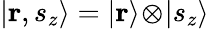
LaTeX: |\mathbf{r},s_{z}\rangle=|\mathbf{r}\rangle\! \otimes\! |s_{z}\rangle